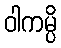
ဝါကမ္ပိ